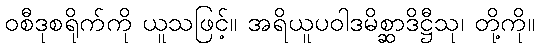
ဝစီဒုစရိုက်ကို ယူသဖြင့်။ အရိယူပဝါဒမိစ္ဆာဒိဋ္ဌီသု၊ တို့ကို။